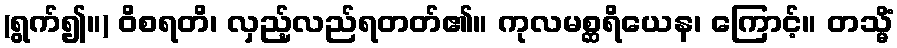
(ရွက်၍။) ဝိစရတိ၊ လှည့်လည်ရတတ်၏။ ကုလမစ္ဆရိယေန၊ ကြောင့်။ တသ္မိံ